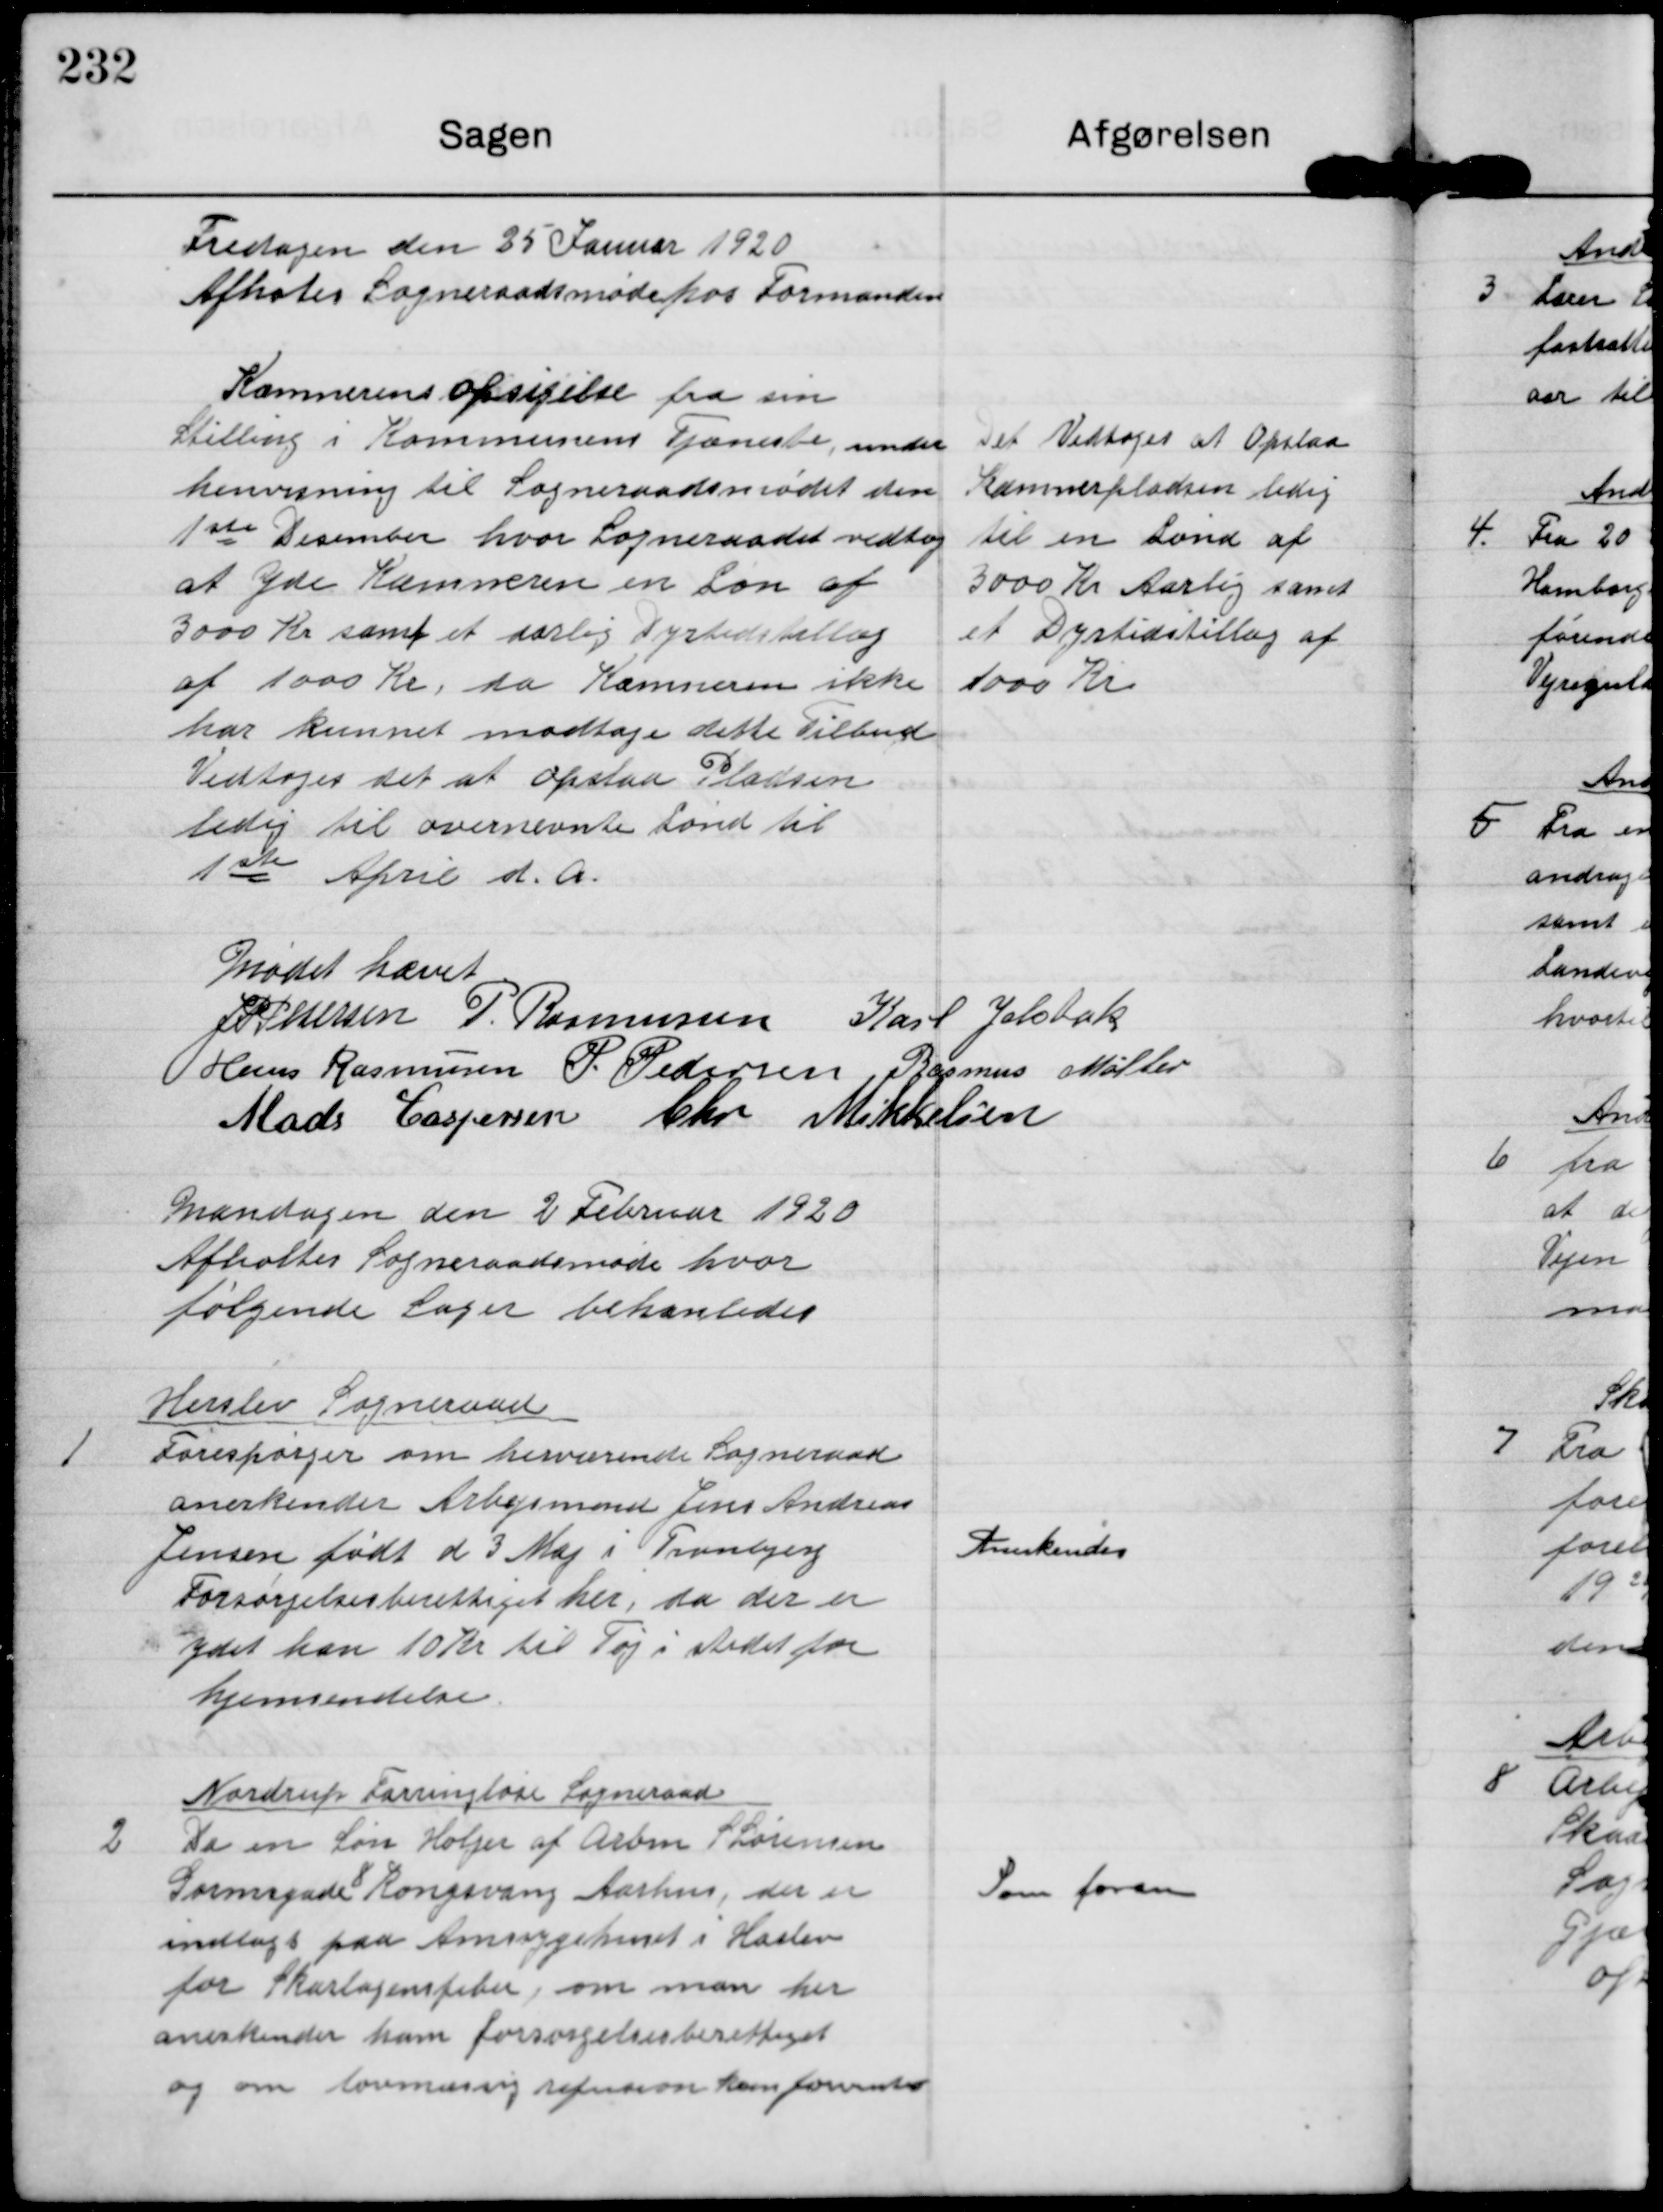
Transskription:
Fredagen den 25 Januar 1920
Afhotes Sogneraadsmøde hos Formanden

Kæmnerens opsigelse fra sin
Stilling i Kommunens Tjeneste under
henvisning til Sogneraadsmødet den
1ste Desember hvor Sogneraadet vedtog
at Yde Kæmneren en Løn af
3000 Kr samt et særlig Dyrtidstillæg
af 1000 Kr, da Kæmneren ikke
har kunnet modtage dette Tilbud
Vedtoges det at opslaa Pladsen
ledig til overnævnte Lønd til
1ste April d. A.

Det Vedtoges at Opslaa
Kæmnerpladsen ledig
til en Lønd af
3000 Kr Aarlig samt
et Dyrtidstillæg af
1000 Kr.

Mødet hævet

J P Pedersen P. Rasmussen Karl Jelsbak
Hans Rasmusen P Pedersen Rasmus Møller
Mads Caspersen Chr Mikkelsen

Mandagen den 2 Februar 1920
Afholtes Sogneraadsmøde hvor
følgende Sager behanledes

1

Herslev Sogneraad
Forespørger om herværende Sogneraad
anerkender Arbejsmand Jens Andreas
Jensen født d 3 Maj i Tranbjerg
Forsørgelsesberettiget her, da der er
ydet han 10 Kr til Tøj i stedet for
hjemsendelse.

Anerkendes

2

Nordrup Farringløse Sogneraad
Da en Søn Holger af Arbm S Sørensen
Gormsgade 8 Kongsvang Aarhus, der er
indlagt paa Amtssygehuset i Haslev
for Skarlagensfeber, om man her
anerkender ham forsørgelsesberettiget
og om lovmæssig refusion kan forventes

Som foran